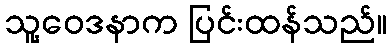
သူ့ဝေဒနာက ပြင်းထန်သည်။